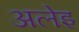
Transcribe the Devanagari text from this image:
अलेइ